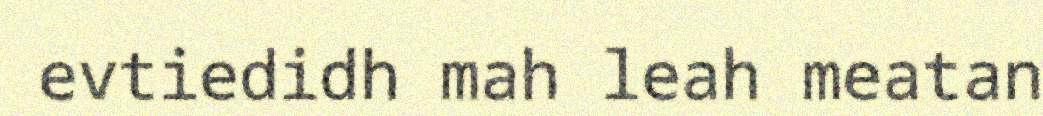
evtiedidh mah leah meatan